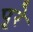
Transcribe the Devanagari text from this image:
पूरे